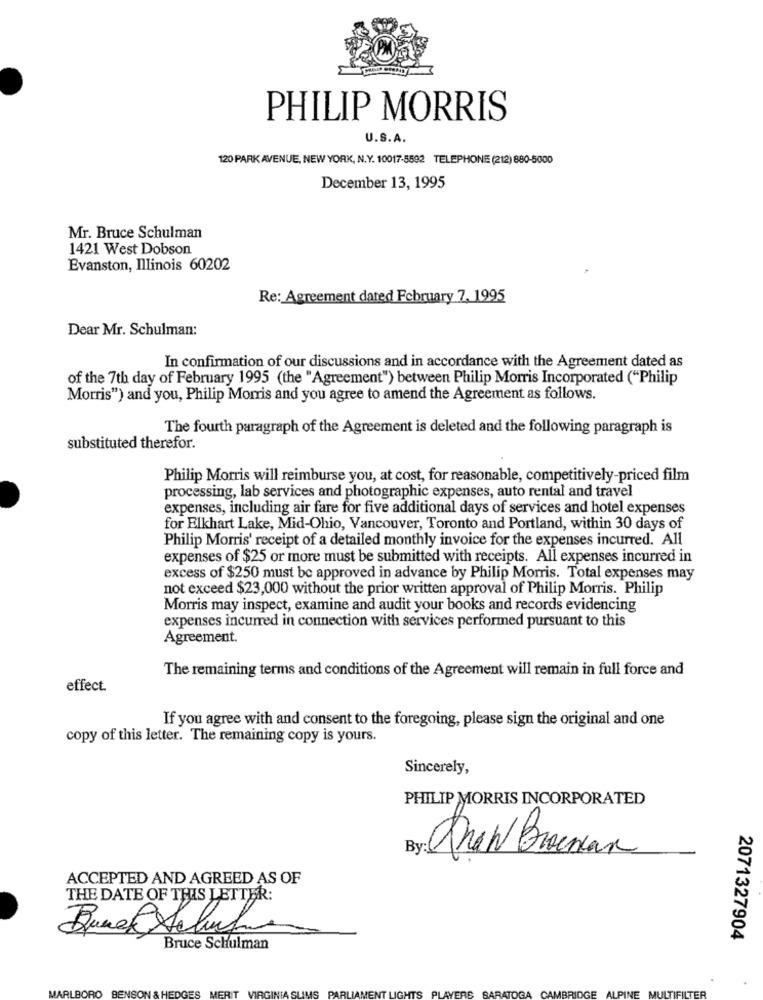
PHILIP MORRIS
U.S.A.
120 PARK AVENUE, NEW YORK, N.Y. 10017-5592 TELEPHONE (212) 880-5000
December 13, 1995
Mr. Bruce Schulman
1421 West Dobson
Evanston, Illinois 60202
Re: Agreement dated February 7, 1995
Dear Mr. Schulman:
In confirmation of our discussions and in accordance with the Agreement dated as
of the 7th day of February 1995 (the "Agreement") between Philip Morris Incorporated ("Philip
Morris") and you, Philip Morris and you agree to amend the Agreement as follows.
The fourth paragraph of the Agreement is deleted and the following paragraph is
substituted therefor.
Philip Morris will reimburse you, at cost, for reasonable, competitively-priced film
processing, lab services and photographic expenses, auto rental and travel
expenses, including air fare for five additional days of services and hotel expenses
for Elkhart Lake, Mid-Ohio, Vancouver, Toronto and Portland, within 30 days of
Philip Morris' receipt of a detailed monthly invoice for the expenses incurred. All
expenses of $25 or more must be submitted with receipts. All expenses incurred in
excess of $250 must be approved in advance by Philip Morris. Total expenses may
not exceed $23,000 without the prior written approval of Philip Morris. Philip
Morris may inspect, examine and audit your books and records evidencing
expenses incurred in connection with services performed pursuant to this
Agreement.
The remaining terms and conditions of the Agreement will remain in full force and
effect
If you agree with and consent to the foregoing, please sign the original and one
copy of this letter. The remaining copy is yours.
Sincerely,
PHILIP MORRIS INCORPORATED
By:
Draw Brannan
ACCEPTED AND AGREED AS OF
THE DATE OF THIS LETTER:
2071327904
Bruce Schulman
MARLBORO
BENSON & HEDGES
MERIT
GINIA SLIMS PARLIAMENT LIGHTS PLAYERS
SARATOGA CAMBRIDGE ALPINE MULTIFILTER